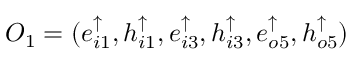
O _ { 1 } = ( e _ { i 1 } ^ { \uparrow } , h _ { i 1 } ^ { \uparrow } , e _ { i 3 } ^ { \uparrow } , h _ { i 3 } ^ { \uparrow } , e _ { o 5 } ^ { \uparrow } , h _ { o 5 } ^ { \uparrow } )